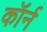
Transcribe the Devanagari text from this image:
कॉर्न